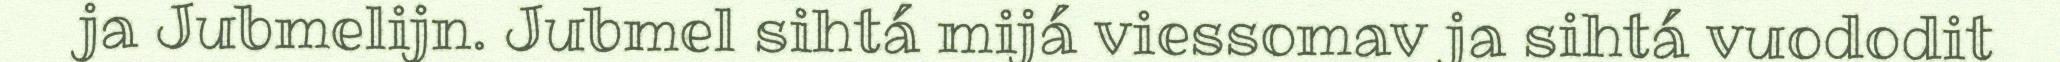
ja Jubmelijn. Jubmel sihtá mijá viessomav ja sihtá vuododit